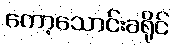
ကော့သောင်းခရိုင်